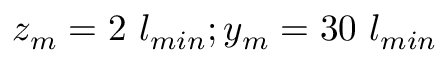
z _ { m } = 2 ~ l _ { m i n } ; y _ { m } = 3 0 ~ l _ { m i n }